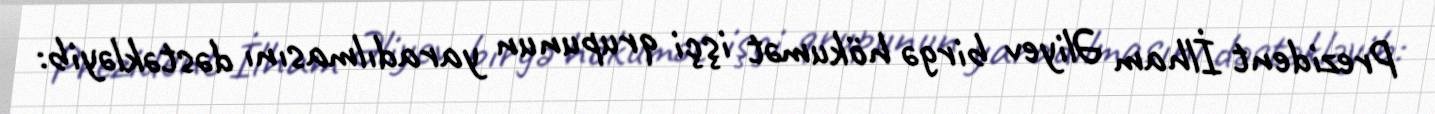
Prezident İlham Əliyev birgə hökumət işçi qrupunun yaradılmasını dəstəkləyib: